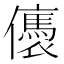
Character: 㒟